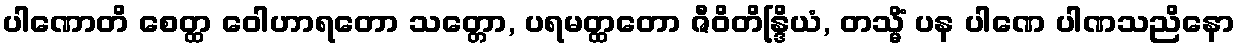
ပါဏောတိ စေတ္ထ ဝေါဟာရတော သတ္တော, ပရမတ္ထတော ဇီဝိတိန္ဒြိယံ, တသ္မိံ ပန ပါဏေ ပါဏသညိနော